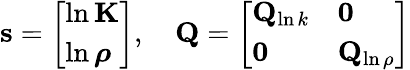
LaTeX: \mathbf{s}=\left[\begin{array}{l}{\ln\mathbf{K}}\\ {\ln\boldsymbol{\rho}}\end{array}\right],\quad\mathbf{Q}=\left[\begin{array}{ll}{\mathbf{Q}_{\ln k}}&{\mathbf{0}}\\ {\mathbf{0}}&{\mathbf{Q}_{\ln\rho}}\end{array}\right]